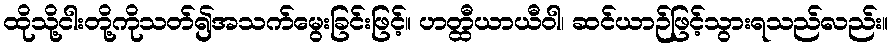
ထိုသို့ငါးတို့ကိုသတ်၍အသက်မွေးခြင်းဖြင့်။ ဟတ္ထီယာယီဝါ၊ ဆင်ယာဉ်ဖြင့်သွားရသည်လည်း။